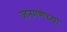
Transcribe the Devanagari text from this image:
जनगणेच्या